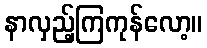
နာလှည့်ကြကုန်လော့။